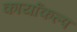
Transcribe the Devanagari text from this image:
कार्याकल्प